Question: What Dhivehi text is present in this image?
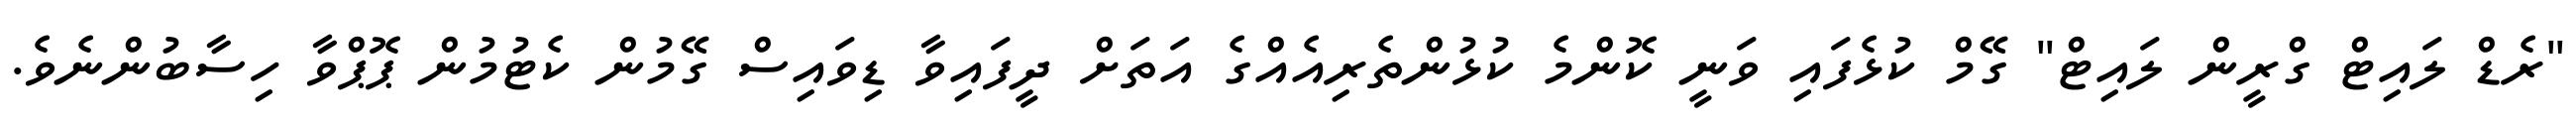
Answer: "ރެޑް ލައިޓް ގްރީން ލައިޓް" ގޭމް ކުޅެފައި ވަނީ ކޮންމެ ކުޅުންތެރިއެއްގެ އަތަށް ދީފައިވާ ޑިވައިސް ގޭމުން ކެޓުމުން ޕޮޕްވާ ހިސާބުންނެވެ.